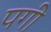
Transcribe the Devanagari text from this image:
पगी